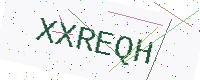
Text: XXREQH